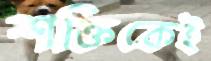
শক্তিকেই